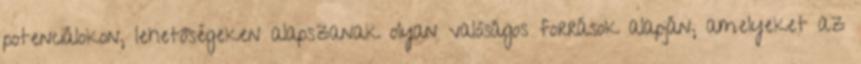
potenciálokon, lehetőségeken alapszanak olyan valóságos források alapján, amelyeket az